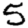
Digit: 5